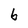
Character: b